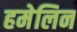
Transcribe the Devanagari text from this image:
हमेलिन